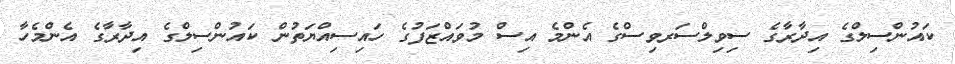
ކައުންސިލްގެ އިދާރާގެ ސިވިލްސަރވިސްގެ އެންމެ އިސް މުވައްޒަފުގެ ހައިސިއްޔަތުން ކައުންސިލްގެ އިދާރާގެ އެންމެހާ